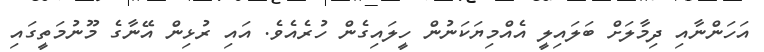
އަހަންނާއި ދިމާލަށް ބަލައިލީ އެއްމިޔަކަނުން ހީލައިގެން ހުރެއެވެ. އައި ރުޅިން އޭނާގެ މޫނުމަތީގައި